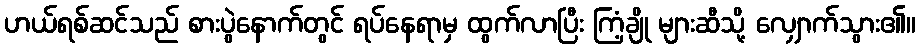
ဟယ်ရစ်ဆင်သည် စားပွဲနောက်တွင် ရပ်နေရာမှ ထွက်လာပြီး ကြံ့ချို များဆီသို့ လျှောက်သွား၏။